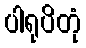
ပါရုပိတုံ